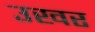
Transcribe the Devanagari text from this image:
उखर